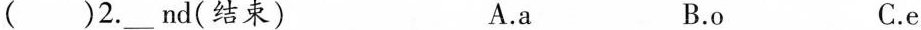
( )2. ___ nd(结束) A.a B.o C.e